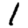
Digit: 1